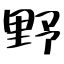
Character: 野